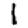
Digit: 1